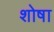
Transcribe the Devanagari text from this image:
शोषा